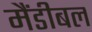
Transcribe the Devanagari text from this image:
मैंडीबल